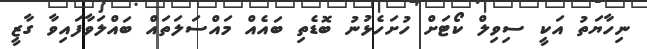
ނިހާޔަތު އަކީ ސިވިލް ކޯޓަށް ހުށަހެޅުނު ބޮޑެތި ބައެއް މައްސަލަތައް ބައްލަވާފައިވާ ގާޒީ